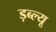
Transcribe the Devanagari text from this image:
ड़ब्ल्यू